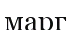
марг